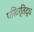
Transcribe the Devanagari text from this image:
परिवर्तिद्ध